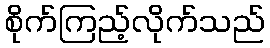
စိုက်ကြည့်လိုက်သည်